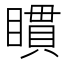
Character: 𥊫